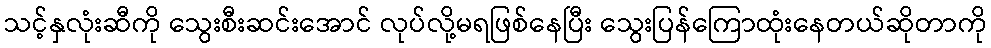
သင့်နှလုံးဆီကို သွေးစီးဆင်းအောင် လုပ်လို့မရဖြစ်နေပြီး သွေးပြန်ကြောထုံးနေတယ်ဆိုတာကို